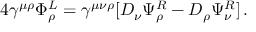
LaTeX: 4 \gamma ^ { \mu \rho } \Phi _ { \rho } ^ { L } = \gamma ^ { \mu \nu \rho } [ D _ { \nu } \Psi _ { \rho } ^ { R } - D _ { \rho } \Psi _ { \nu } ^ { R } ] \, .